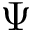
\Psi